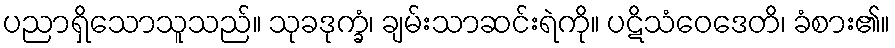
ပညာရှိသောသူသည်။ သုခဒုက္ခံ၊ ချမ်းသာဆင်းရဲကို။ ပဋိသံဝေဒေတိ၊ ခံစား၏။